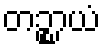
တဉ္စာယံ